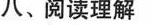
八、阅读理解